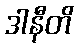
ဒါနီတိ